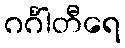
ဂင်္ဂါတီရေ